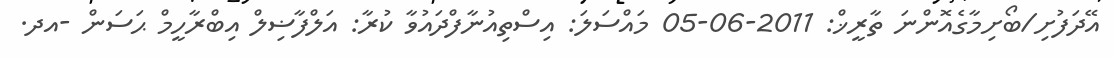
އޭދަފުށި/ބޯށިމާގެއޮންނަ ތާރީޚް: 2011-06-05 މައްސަލަ: އިސްތިއުނާފްދައުވާ ކުރާ: އަލްފާޟިލް އިބްރާހީމް ޙަސަން -އދ.